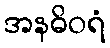
အနဓိဝရံ